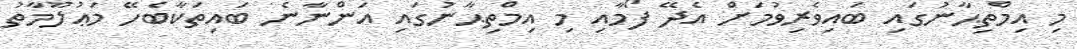
މި އިމްތިޙާނުގައި ބައިވެރިވުމަށް އެދޭ ފޯމާއި މި އިމްތިޙާނުގައި އަންނާނެ ބައިތަކާބެހޭ މަޢުުލޫމާތު